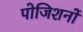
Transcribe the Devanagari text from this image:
पोजिशनों